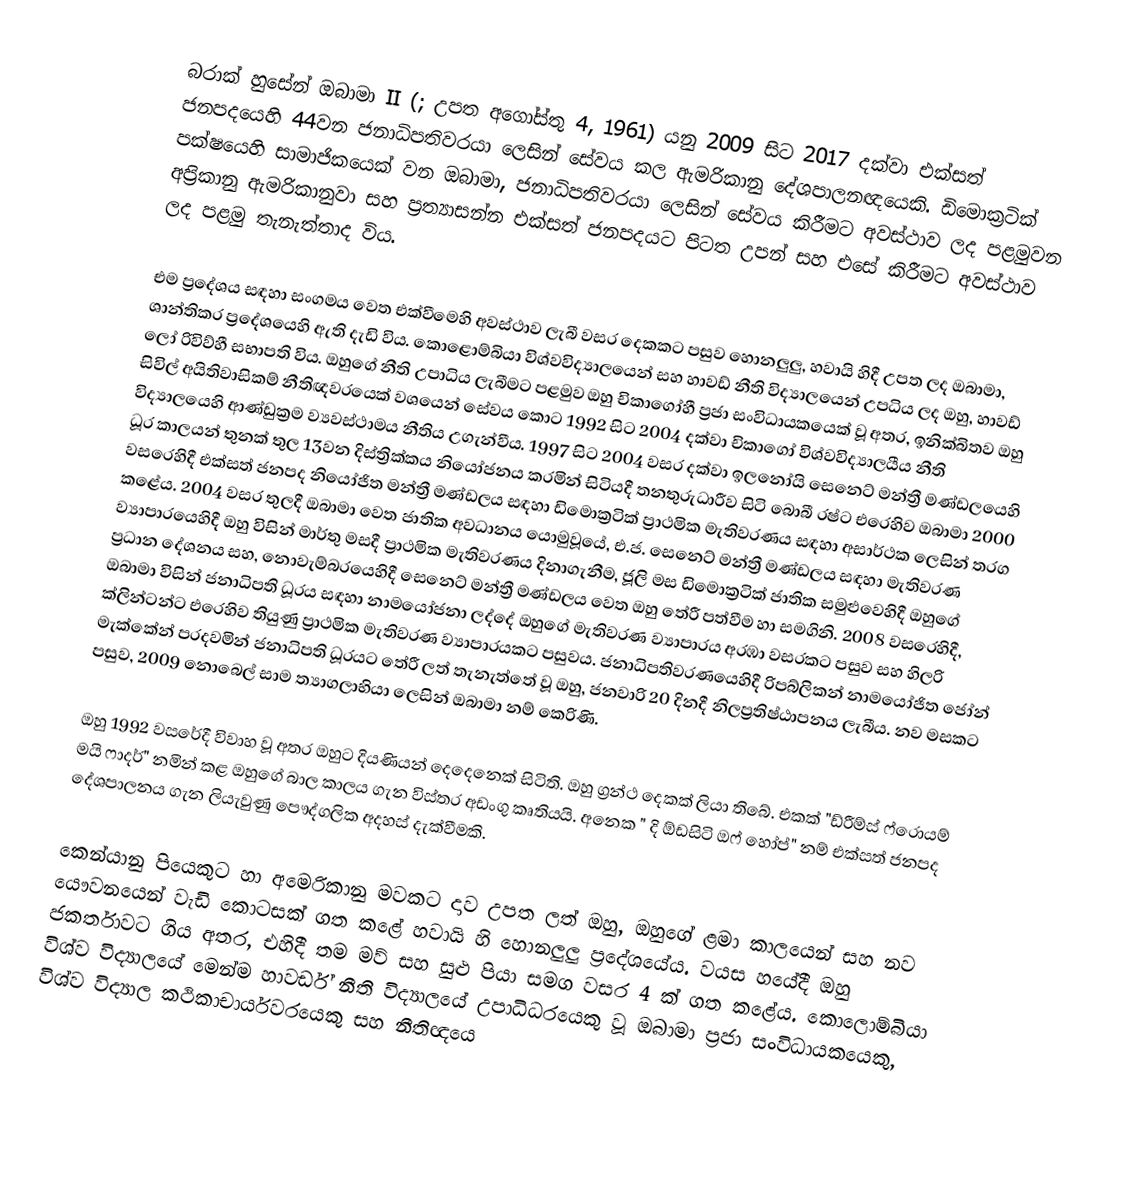
බරාක් හුසේන් ඔබාමා II (; උපත අගෝස්තු 4, 1961) යනු 2009 සිට 2017 දක්වා එක්සත් ජනපදයෙහි 44වන ජනාධිපතිවරයා ලෙසින් සේවය කල ඇමරිකානු දේශපාලනඥයෙකි. ඩිමොක්‍රටික් පක්ෂයෙහි සාමාජිකයෙක් වන ඔබාමා, ජනාධිපතිවරයා ලෙසින් සේවය කිරීමට අවස්ථාව ලද පළමුවන අප්‍රිකානු ඇමරිකානුවා සහ    ප්‍රත්‍යාසන්න එක්සත් ජනපදයට පිටත උපන් සහ එසේ කිරීමට අවස්ථාව ලද පළමු තැනැත්තාද විය.

එම ප්‍රදේශය සඳහා සංගමය වෙත එක්වීමෙහි අවස්ථාව ලැබී වසර දෙකකට පසුව හොනලුලු, හවායි හිදී උපත ලද ඔබාමා, ශාන්තිකර ප්‍රදේශයෙහි ඇති දැඩි විය. කොළොම්බියා විශ්වවිද්‍යාලයෙන් සහ හාවඩ් නීති විද්‍යාලයෙන් උපධිය ලද ඔහු, හාවඩ් ලෝ රිවිව්හී සභාපති විය. ඔහුගේ නීති උපාධිය ලැබීමට පළමුව ඔහු චිකාගෝහී  ප්‍රජා සංවිධායකයෙක්   වූ අතර, ඉනික්බිතව ඔහු  සිවිල් අයිතිවාසිකම් නීතිඥවරයෙක් වශයෙන් සේවය කොට  1992 සිට 2004 දක්වා  චිකාගෝ විශ්වවිද්‍යාලයීය නීති විද්‍යාලයෙහි ආණ්ඩුක්‍රම ව්‍යවස්ථාමය නීතිය උගැන්වීය. 1997 සිට 2004 වසර දක්වා   ඉලනෝයි සෙනෙට් මන්ත්‍රී මණ්ඩලයෙහි ධූර කාලයන් තුනක් තුල 13වන දිස්ත්‍රික්කය නියෝජනය කරමින් සිටියදී තනතුරුධාරීව සිටි  බොබී රෂ්ට එරෙහිව ඔබාමා 2000 වසරෙහිදී එක්සත් ජනපද නියෝජිත මන්ත්‍රී මණ්ඩලය සඳහා ඩිමොක්‍රටික් ප්‍රාථමික මැතිවරණය සඳහා අසාර්ථක ලෙසින් තරග කළේය. 2004 වසර තුලදී ඔබාමා වෙත ජාතික අවධානය යොමුවූයේ, එ.ජ. සෙනෙට් මන්ත්‍රී මණ්ඩලය සඳහා මැතිවරණ ව්‍යාපාරයෙහිදී ඔහු විසින් මාර්තු මසදී ප්‍රාථමික මැතිවරණය දිනාගැනීම, ජූලි මස  ඩිමොක්‍රටික් ජාතික සමුළුවෙහිදී ඔහුගේ ප්‍රධාන දේශනය සහ, නොවැම්බරයෙහිදී සෙනෙට් මන්ත්‍රී මණ්ඩලය වෙත ඔහු තේරී පත්වීම හා සමගිනි. 2008 වසරෙහිදී, ඔබාමා විසින් ජනාධිපති ධූරය සඳහා නාමයෝජනා ලද්දේ ඔහුගේ මැතිවරණ ව්‍යාපාරය අරඹා වසරකට පසුව සහ හිලරි ක්ලින්ටන්ට එරෙහිව තියුණු ප්‍රාථමික මැතිවරණ ව්‍යාපාරයකට පසුවය. ජනාධිපතිවරණයෙහිදී රිපබ්ලිකන් නාමයෝජිත ජෝන් මැක්කේන් පරදවමින් ජනාධිපති ධූරයට තේරී ලත් තැනැත්තේ වූ ඔහු, ජනවාරි 20 දිනදී නිලප්‍රතිෂ්ඨාපනය ලැබීය. නව මසකට පසුව,  2009 නොබෙල් සාම ත්‍යාගලාභියා  ලෙසින් ඔබාමා නම් කෙරිණි.

ඔහු 1992 වසරේදී විවාහ වූ අතර ඔහුට දියණියන් දෙදෙනෙක් සිටිති. ඔහු ග්‍රන්ථ දෙකක් ලියා තිබේ. එකක් "ඩ්රීම්ස් ෆ්රොයම් මයි ෆාදර්" නමින් කළ ඔහුගේ බාල කාලය ගැන විස්තර අඩංගු කෘතියයි. අනෙක " දි ඕඩසිටි ඔෆ් හෝප්" නම් එක්සත් ජනපද දේශපාලනය ගැන ලියැවුණු පෞද්ගලික අදහස් දැක්වීමකි.

කෙන්යානු පියෙකුට හා අමෙරිකානු මවකට දාව උපත ලත් ඔහු, ඔහුගේ ළමා කාලයෙන් සහ නව යෞවනයෙන් වැඩි කොටසක් ගත කළේ හවායි හි හොනලුලු ප්‍රදේශයේය. වයස හයේදී ඔහු ජකර්තාවට ගිය අතර, එහිදී තම මව් සහ සුළු පියා සමග වසර 4 ක් ගත කළේය. කොලොම්බියා විශ්ව විද්‍යාලයේ මෙන්ම හාවර්ඩ් නීති විද්‍යාලයේ උපාධිධරයෙකු වූ ඔබාමා ප්‍රජා සංවිධායකයෙකු, විශ්ව විද්‍යාල කථිකාචාර්යවරයෙකු සහ නීතිඥයෙ